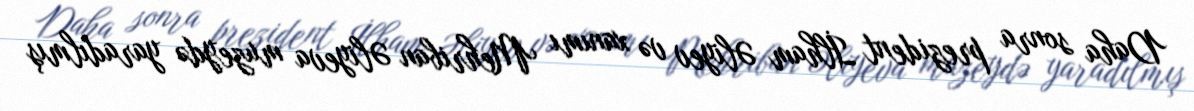
Daha sonra prezident İlham Əliyev və xanımı Mehriban Əliyeva muzeydə yaradılmış